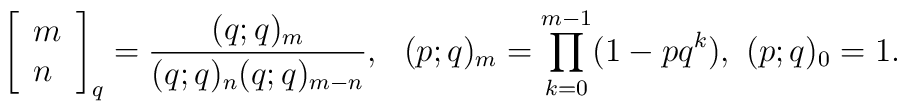
\left[ \begin{array}{l}m\\n\end{array}\right]_{q}= \frac {(q;q)_{m}}{(q;q)_{n}(q;q)_{m-n}},~~(p;q)_{m}=\prod_{k=0}^{m-1}(1-pq^{k})	, ~ (p;q)_{0}=1.